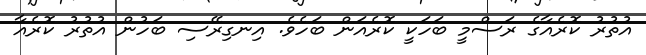
އުތުރު ކޮރެއާގެ ރަސްމީ ބަހަކީ ކޮރެއަން ބަހެވެ. އިނގިރޭސި ބަހުން އުތުރު ކޮރެއާ